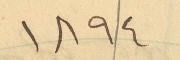
1894